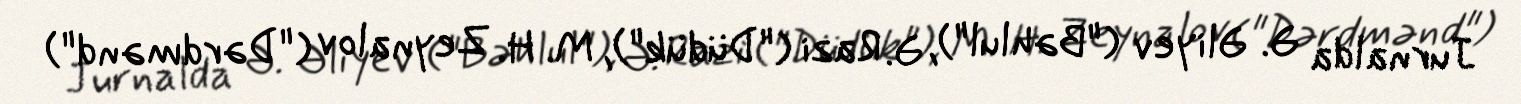
Jurnalda Ə. Əliyev ("Bəhlul"), Ə. Razi ("Düdük"), M. H. Zeynalov ("Dərdmənd")